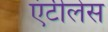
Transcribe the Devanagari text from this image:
एंटीलेस